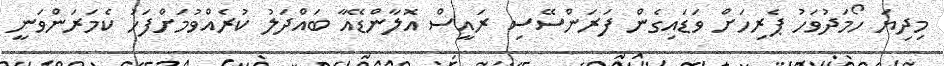
މިދިޔަ ހޯމަދުވަހު ޕެރިހަށް ވަޑައިގެން ފަރަންސޭސި ރައީސް އޮލާންޑޭއާ ބައްދަލު ކުރެއްވުމަށްފަހު ކެމަރަންވަނީ